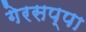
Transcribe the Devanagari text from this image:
गेरसप्पा